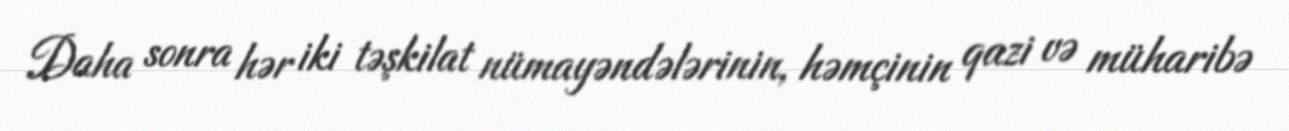
Daha sonra hər iki təşkilat nümayəndələrinin, həmçinin qazi və müharibə